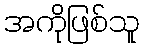
အကိုဖြစ်သူ